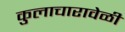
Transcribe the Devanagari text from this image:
कुलाचारावेळी